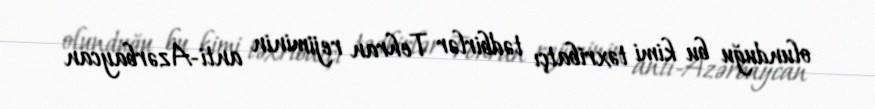
olunduğu bu kimi təxribatçı tədbirlər Tehran rejiminin anti-Azərbaycan